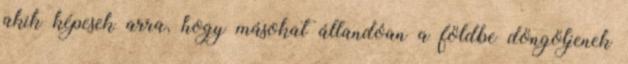
akik képesek arra, hogy másokat állandóan a földbe döngöljenek